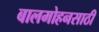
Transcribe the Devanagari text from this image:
बालमोहनसाठी